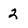
Character: 2